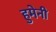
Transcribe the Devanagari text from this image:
हुमेनी